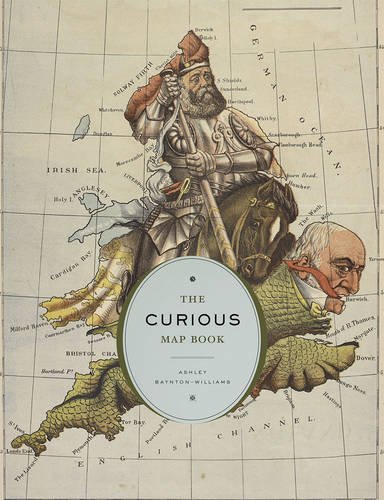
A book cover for The Curious Map Book; Ashley Baynton-Williams; Science & Math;